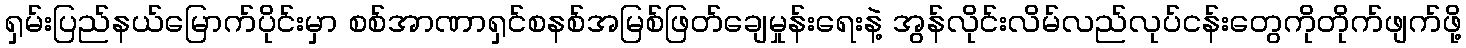
ရှမ်းပြည်နယ်မြောက်ပိုင်းမှာ စစ်အာဏာရှင်စနစ်အမြစ်ဖြတ်ချေမှုန်းရေးနဲ့ အွန်လိုင်းလိမ်လည်လုပ်ငန်းတွေကိုတိုက်ဖျက်ဖို့